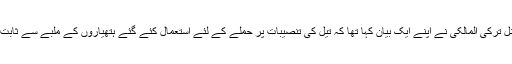
یاد رہے سعودی وزارتِ دفاع کے ترجمان کرنل ترکی المالکی نے اپنے ایک بیان کہا تھا کہ تیل کی تنصیبات پر حملے کے لئے استعمال کئے گئے ہتھیاروں کے ملبے سے ثابت ہوتا ہے کہ اس کے پیچھے ایران کا ہاتھ ہے ۔